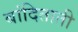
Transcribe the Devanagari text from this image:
बांदिताती